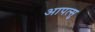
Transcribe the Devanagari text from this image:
आपत्सु